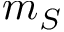
m _ { S }